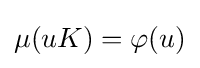
\mu (uK)=\varphi (u)